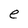
Character: e